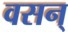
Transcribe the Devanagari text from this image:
वसन्